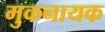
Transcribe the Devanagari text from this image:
मुकनायक